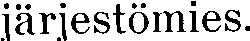
järjestömies.